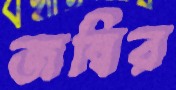
জম্বির